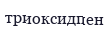
триоксидпен